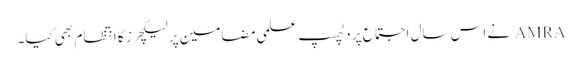
AMRA نے اس سال اجتماع پر دلچسپ علمی مضامین پر لیکچرز کا انتظام بھی کیا۔